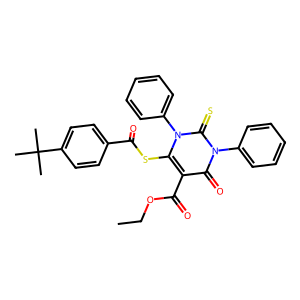
SMILES: CCOC(=O)c1c(SC(=O)c2ccc(C(C)(C)C)cc2)n(-c2ccccc2)c(=S)n(-c2ccccc2)c1=O
Inhibits HIV replication: No